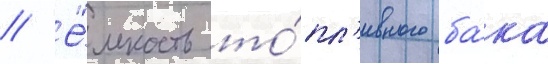
// Ё́мкость то́пл'ивного ба́ка